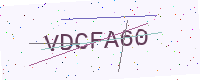
Text: VDCFA60